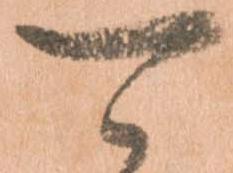
可